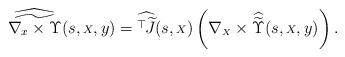
LaTeX: \begin{align*}\widehat{\widetilde{\nabla_x\times\Upsilon}}(s, {\scriptstyle X}, y)= \widehat{{}^\top \!\!\, \widetilde{J}}(s,{\scriptstyle X})\left(\nabla_{\scriptscriptstyle X} \times \widehat{\widetilde{\Upsilon}}(s, {\scriptstyle X}, y)\right).\end{align*}